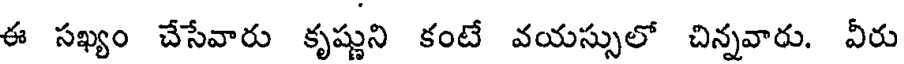
ఈ సఖ్యం చేసేవారు కృష్ణుని కంటే వయస్సులో చిన్నవారు. వీరు